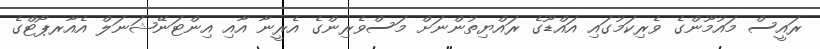
ރައީސް މައުމޫންގެ ވެރިކަމުގައި އައްޑޫގެ ރައްޔިތުންނަށް މަސްވެރިންގެ އެރީނާ އާއި އިންޓަނޭޝަނަލް އެއާރޕޯޓްގެ